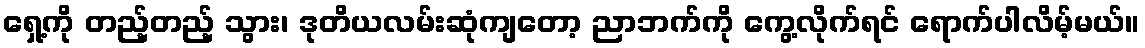
ရှေ့ကို တည့်တည့် သွား၊ ဒုတိယလမ်းဆုံကျတော့ ညာဘက်ကို ကွေ့လိုက်ရင် ရောက်ပါလိမ့်မယ်။